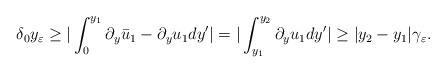
LaTeX: \begin{align*}\delta_0 y_\varepsilon\geq|\int_0^{y_1}\partial_y\bar{u}_1-\partial_yu_1dy'|=|\int_{y_1}^{y_2}\partial_yu_1dy'|\geq |y_2-y_1|\gamma_\varepsilon.\end{align*}